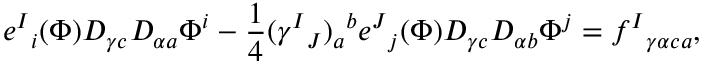
e ^ { I } { } _ { i } ( \Phi ) D _ { \gamma c } D _ { \alpha a } \Phi ^ { i } - { \frac { 1 } { 4 } } ( \gamma ^ { I } { } _ { J } ) _ { a } { } ^ { b } e ^ { J } { } _ { j } ( \Phi ) D _ { \gamma c } D _ { \alpha b } \Phi ^ { j } = f ^ { I } { } _ { \gamma \alpha c a } ,